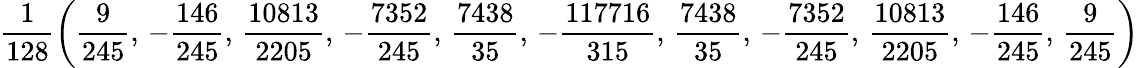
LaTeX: \frac{1}{128}\left(\frac{9}{245},\, -\frac{146}{245},\, \frac{10813}{2205},\, -\frac{7352}{245},\, \frac{7438}{35},\, -\frac{117716}{315},\, \frac{7438}{35},\, -\frac{7352}{245},\, \frac{10813}{2205},\, -\frac{146}{245},\, \frac{9}{245}\right)